Indian journal of veterinary science and animal husbandry - Volume 3,
Year: 1933
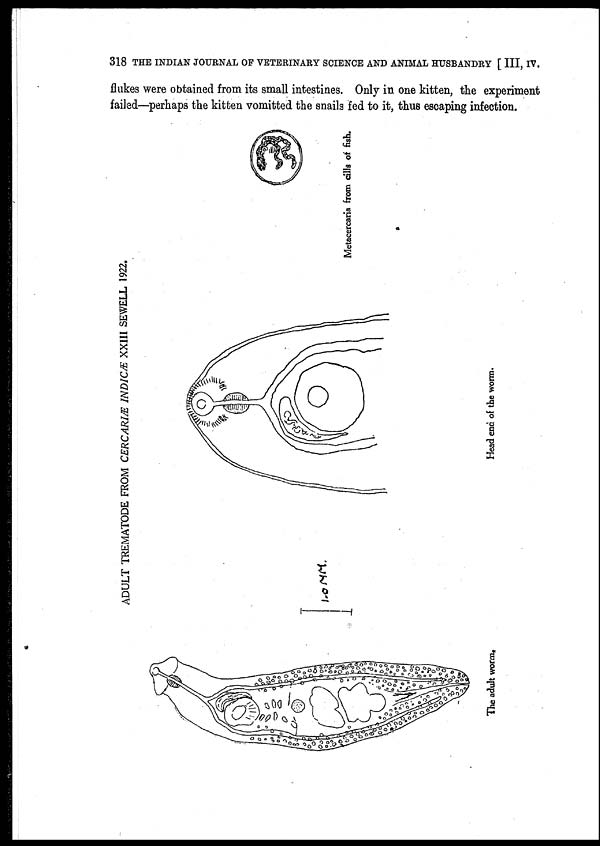
318 THE INDIAN JOURNAL OF VETERINARY SCIENCE AND ANIMAL HUSBANDRY [ III, IV.
flukes were obtained from its small intestines. Only in one kitten, the experiment
failed—perhaps the kitten vomitted the snails fed to it, thus escaping infection.
ADULT TREMATODE FROM CERCARIÆ INDICÆ XXIII SEWELL 1922.
Metacercaria from cills of fish.
Head end of the worm.
The adult worm.